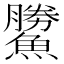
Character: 𩻷